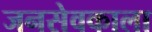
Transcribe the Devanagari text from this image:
जनसेवकाला